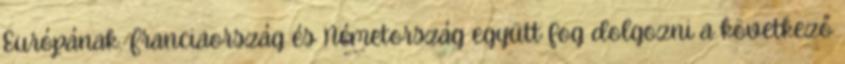
Európának. Franciaország és Németország együtt fog dolgozni a következő